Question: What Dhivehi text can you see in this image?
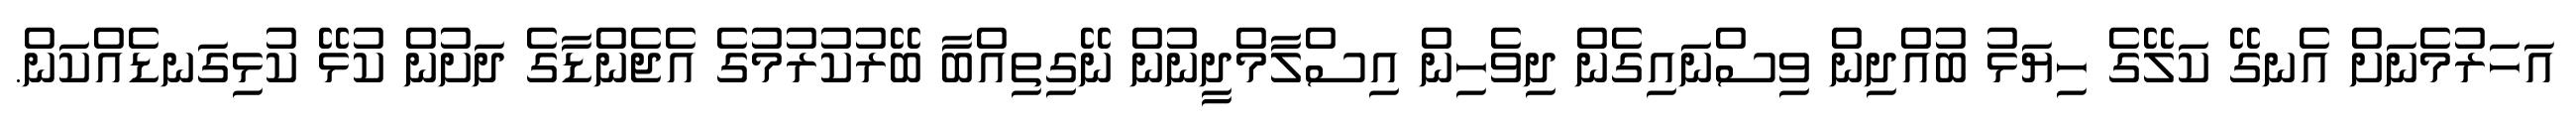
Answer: އަހަރުމެނަށް އެނގޭ ކަލޭގެ ހިޔަޅު ބުއްދިން ވިސްނައިގެން ދިވެހިން އިސްލާމްދީނުން ނޭގިތިއްބާ ބޭރުކުރުމުގެ އެޖެންޑާގެ ދަށުން ކުޅޭ ކުޅިގަނޑެއްކަން.